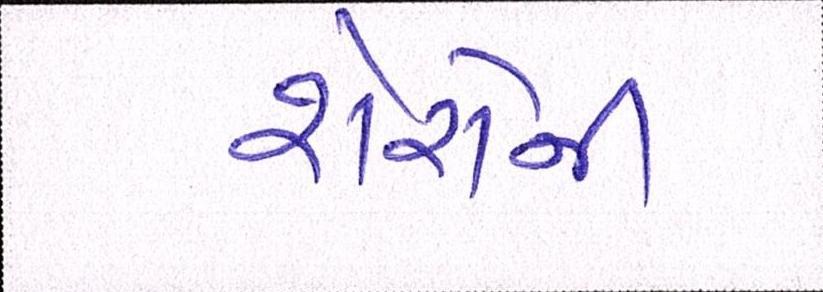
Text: શેરોની